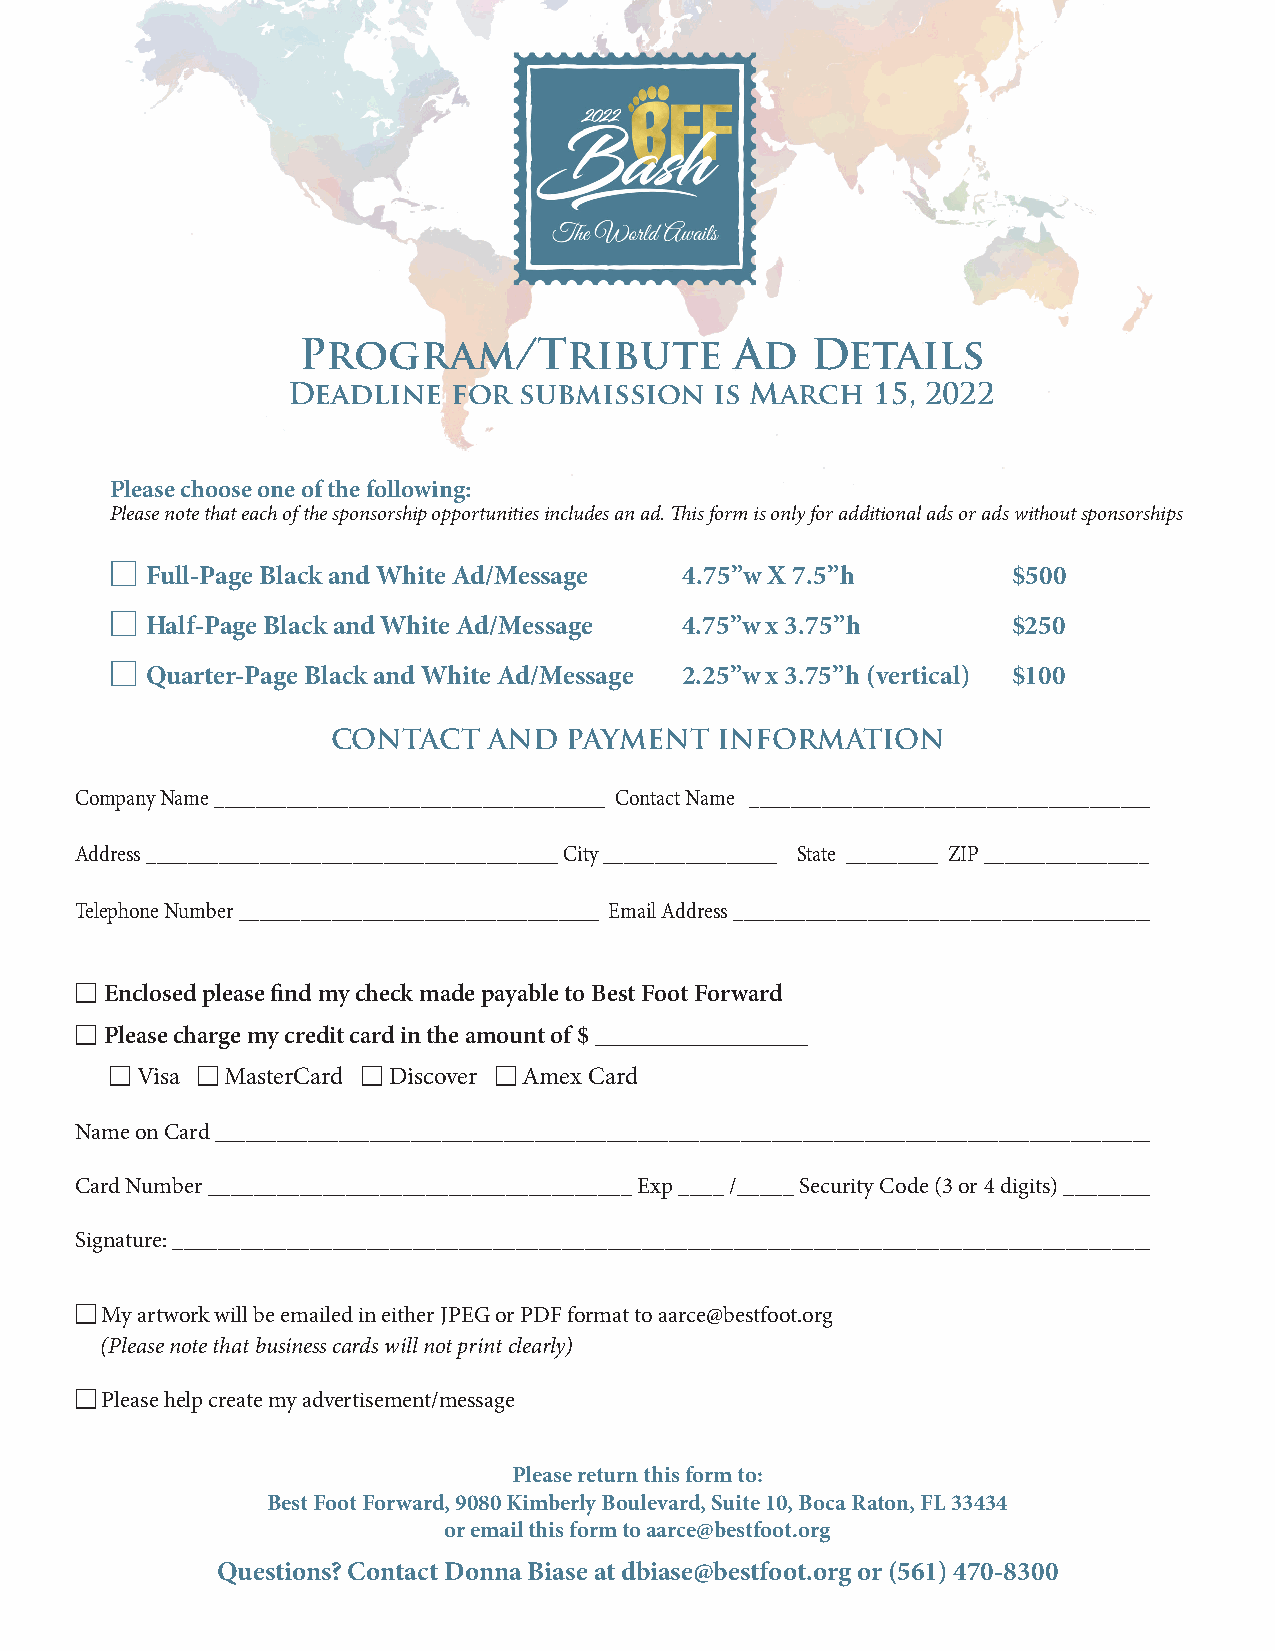
Program/Tribute              Ad   Details
 Deadline   for submission   is March   15, 2022
 Please choose one of the following:
 Please note that each of the sponsorship opportunities includes an ad. This form is only for additional ads or ads without sponsorships
 M
 Full-Page Black and White Ad/Message 4.75”w X 7.5”h      $500
 SOLD
 OUT
 M
 Half-Page Black and White Ad/Message 4.75”w x 3.75”h     $250
 M
 Quarter-Page Black and White Ad/Message 2.25”w x 3.75”h (vertical) $100
 CONTACT   AND  PAYMENT   INFORMATION
 Company Name ______________________________________ Contact Name _______________________________________
 Address ________________________________________ City _________________ State _________ ZIP ________________
 Telephone Number ___________________________________ Email Address _________________________________________
 M Enclosed please find my check made payable to Best Foot Forward
 M Please charge my credit card in the amount of $ _________________
 M Visa M MasterCard M Discover M Amex Card
 Name on Card ____________________________________________________________________________________________
 Card Number _____________________________________ Exp ____ /_____ Security Code (3 or 4 digits) ________
 Signature: ________________________________________________________________________________________
 M My artwork will be emailed in either JPEG or PDF format to aarce@bestfoot.org
 (Please note that business cards will not print clearly)
 M Please help create my advertisement/message
 Please return this form to:
 Best Foot Forward, 9080 Kimberly Boulevard, Suite 10, Boca Raton, FL 33434
 or email this form to aarce@bestfoot.org
 Questions? Contact Donna Biase at dbiase@bestfoot.org or (561) 470-8300